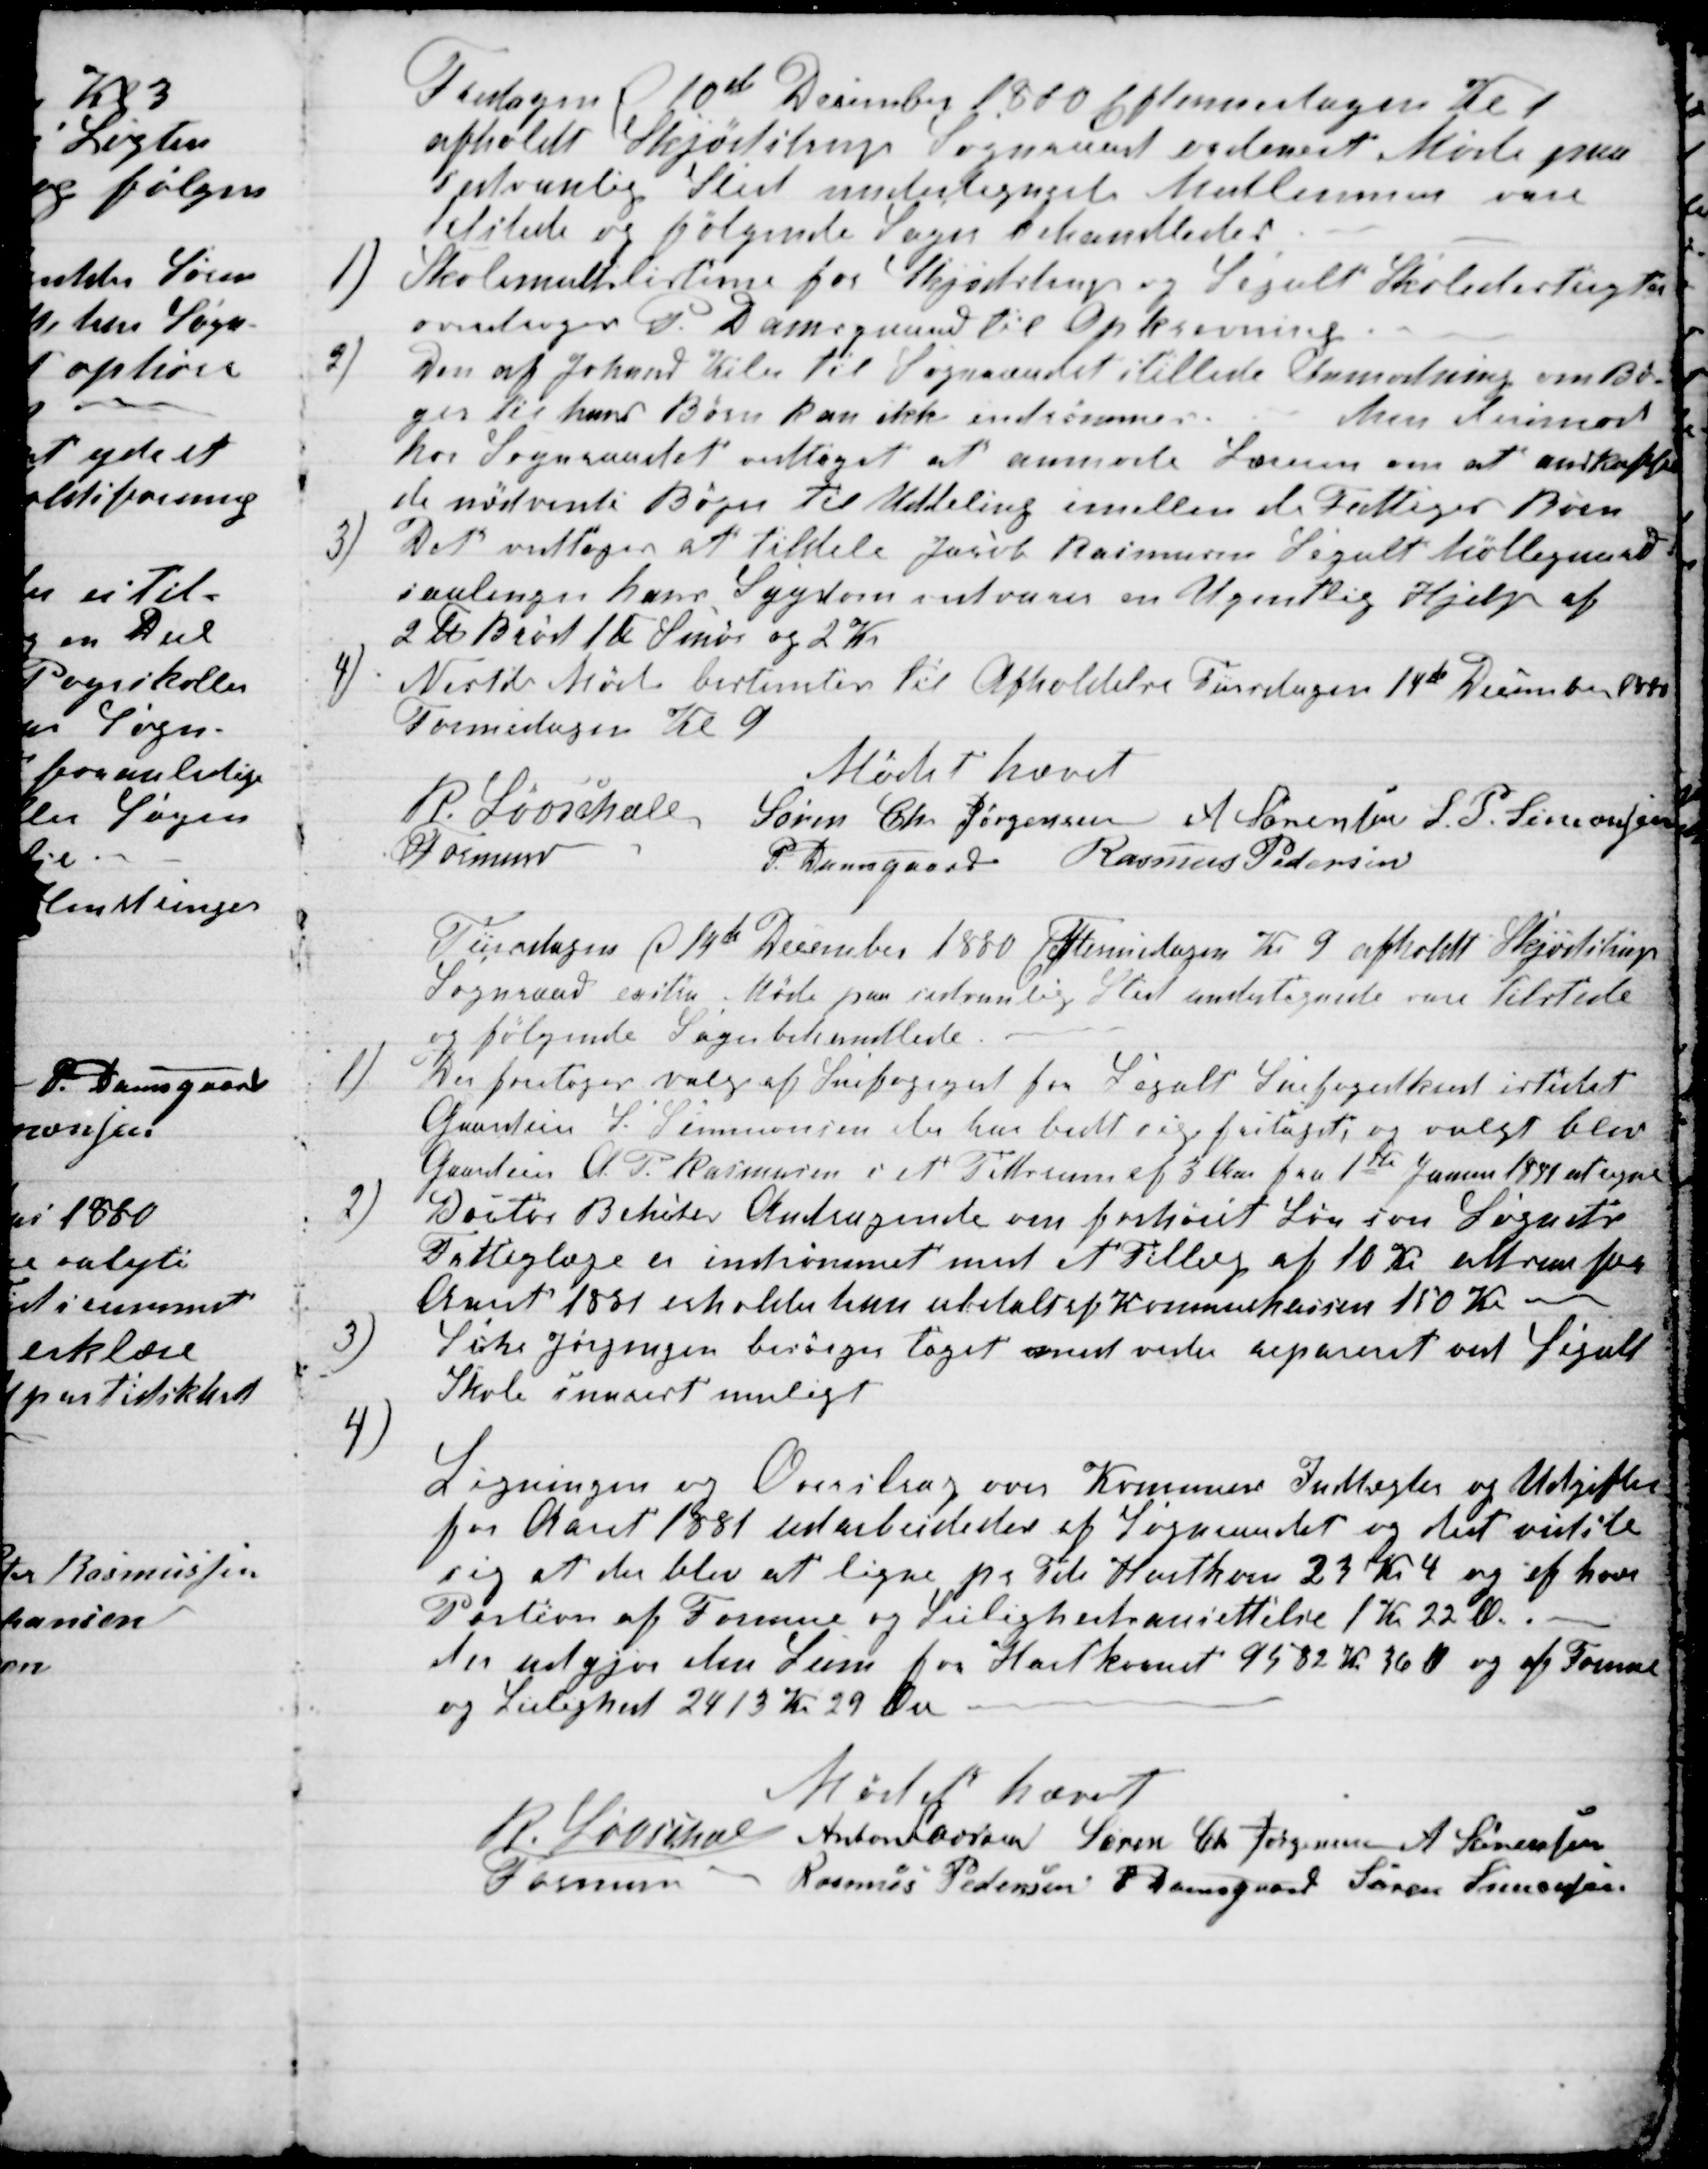
Transskription:
Fredagen 10de December 1880 Eftermidagen Kl 1
afholdt Skjødstrup Sogneraad ordinært Møde paa
sedvanlig Sted undertegnede Medlemmer vare
tilstede og følgende Sager behandledes.
1)
Skolemultslisterne for Skjødstrup og Segalt Skoledistrigter
overdroges P. Damsgaard til Opkrævning.
2)
Den af Johand Kiler til Sogneraadet stillede Anmodning om Bø-
ger til hans Børn kan ikke indrømmes.
Men derimod
har Sogneraadet vedtaget at anmode Læreren om at anskaffe
de nødvendi Bøger til Uddeling imellem de Fattiges Børn
3)
Det vedtoges at tildele Jacob Rasmussen Segalt Møllegaard
saalenge hans Sygdom vedvarer en Ugentlig Hjelp af
2 ℔ Brød 1 ℔ Smør og 2 Kr.
4)
Næste Møde bestemtes til Afholdelse Tirsdagen 14de December 1880
Formidagen Kl 9
Mødet hævet
R. Løvschall
Formand
Søren Chr Jørgensen A Sørensen S. P. Simonsen
P. Damsgaard Rasmus Pedersen
Tirsdagen d 14de December 1880 Formidagen Kr 9 afholdt Skjødstrup
Sogneraad exstra Møde paa sedvanlig Sted undertegnede vare tilstede
og følgende Sager behandlede.
1)
Der foretoges valg af Snefogeged for Segalt Snefogedkreds istedet
Gaardeier S. Simmonsen der har bedt sig fritaget, og valgt blev
Gaardeier A. P. Rasmussen i et Tidsrum af 3 Aar fra 1ste Januar 1881 at regne
2)
Doctor Benckes Andragende om forhøiet Løn som Sognets
Fattiglæge er indrømmet med et Tillæg af 10 Kr  for
Aaret 1881 erholder han ubetalt af Komunekassen 150 Kr 
3)
S Chr Jørgensen besøger taget med vidre repareret ved Segalt
Skole snarest muligt
4)
Ligningen og Overslag over Komunens Indtægter og Udgifter
for Aaret 1881 udarbeidedes af Sogneraadet og det vidste
sig at der blev at ligne pr Td Hartkorn 23 Kr 4 og af hver
Portion af Formue og Leilighedsansettelse 1 Kr 22 Ø.
der udgjør den Sum for Hartkornet 9582 Kr 36 Ø og af Formue
og Leilighed 2413 Kr 29 Øre
Mødet hævet
R. Løvschall
Formand
Anton Laursen Søren Chr Jørgensen A Sørensen
Rasmus Pedersen P. Damsgaard Søren Simonsen